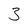
Character: 3